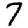
Digit: 7